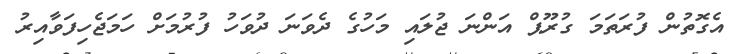
އެގޮތުން ފުރަތަމަ ގުރޫޕް އަންނަ ޖުލައި މަހުގެ ދެވަނަ ދުވަހު ފުރުމަށް ހަަމަޖެހިފަވާއިރު